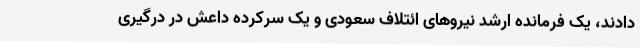
دادند، یک فرمانده ارشد نیروهای ائتلاف سعودی و یک سرکرده داعش در درگیری